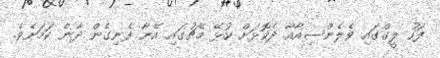
ފަހު ލީގްގައި ވެލެންސިއާއާ ދެކޮޅަށް ކުޅޭ މެޗުގައި އޭނާ ފެނިގެން ދާނެ ކަމަށެވެ.